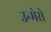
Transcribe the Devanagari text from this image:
उन्मेसे